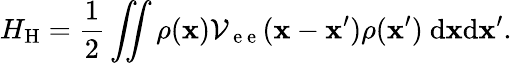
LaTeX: H_{\mathrm{H}}=\frac{1}{2}\iint\rho({\mathbf x})\mathcal{V}_{\mathrm{~e~e~}}({\mathbf x}-{\mathbf x}^{\prime})\rho({\mathbf x}^{\prime})\ \mathrm{d}{\mathbf x}\mathrm{d}{\mathbf x}^{\prime}.